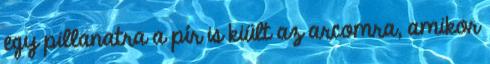
egy pillanatra a pír is kiült az arcomra, amikor